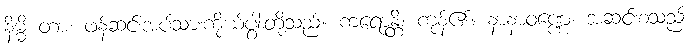
နိမ္မိ တာ၊ ဖန်ဆင်းအပ်သားကိုယ်ပွါးတို့သည်။ ကရောန္တိ၊ ကုန်၏။ နာနာဝဏ္ဏေ၊ အဆင်းစသည်